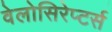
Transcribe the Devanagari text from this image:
वेलोसिरेप्टर्स